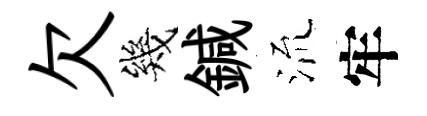
欠幾鍼𣴑牢